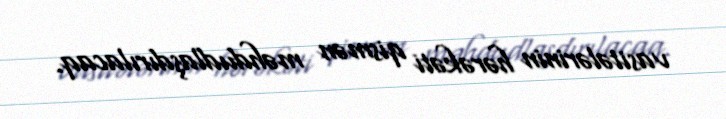
vasitələrinin hərəkəti qismən məhdudlaşdırılacaq.